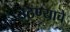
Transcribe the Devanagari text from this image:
उठण्याचे